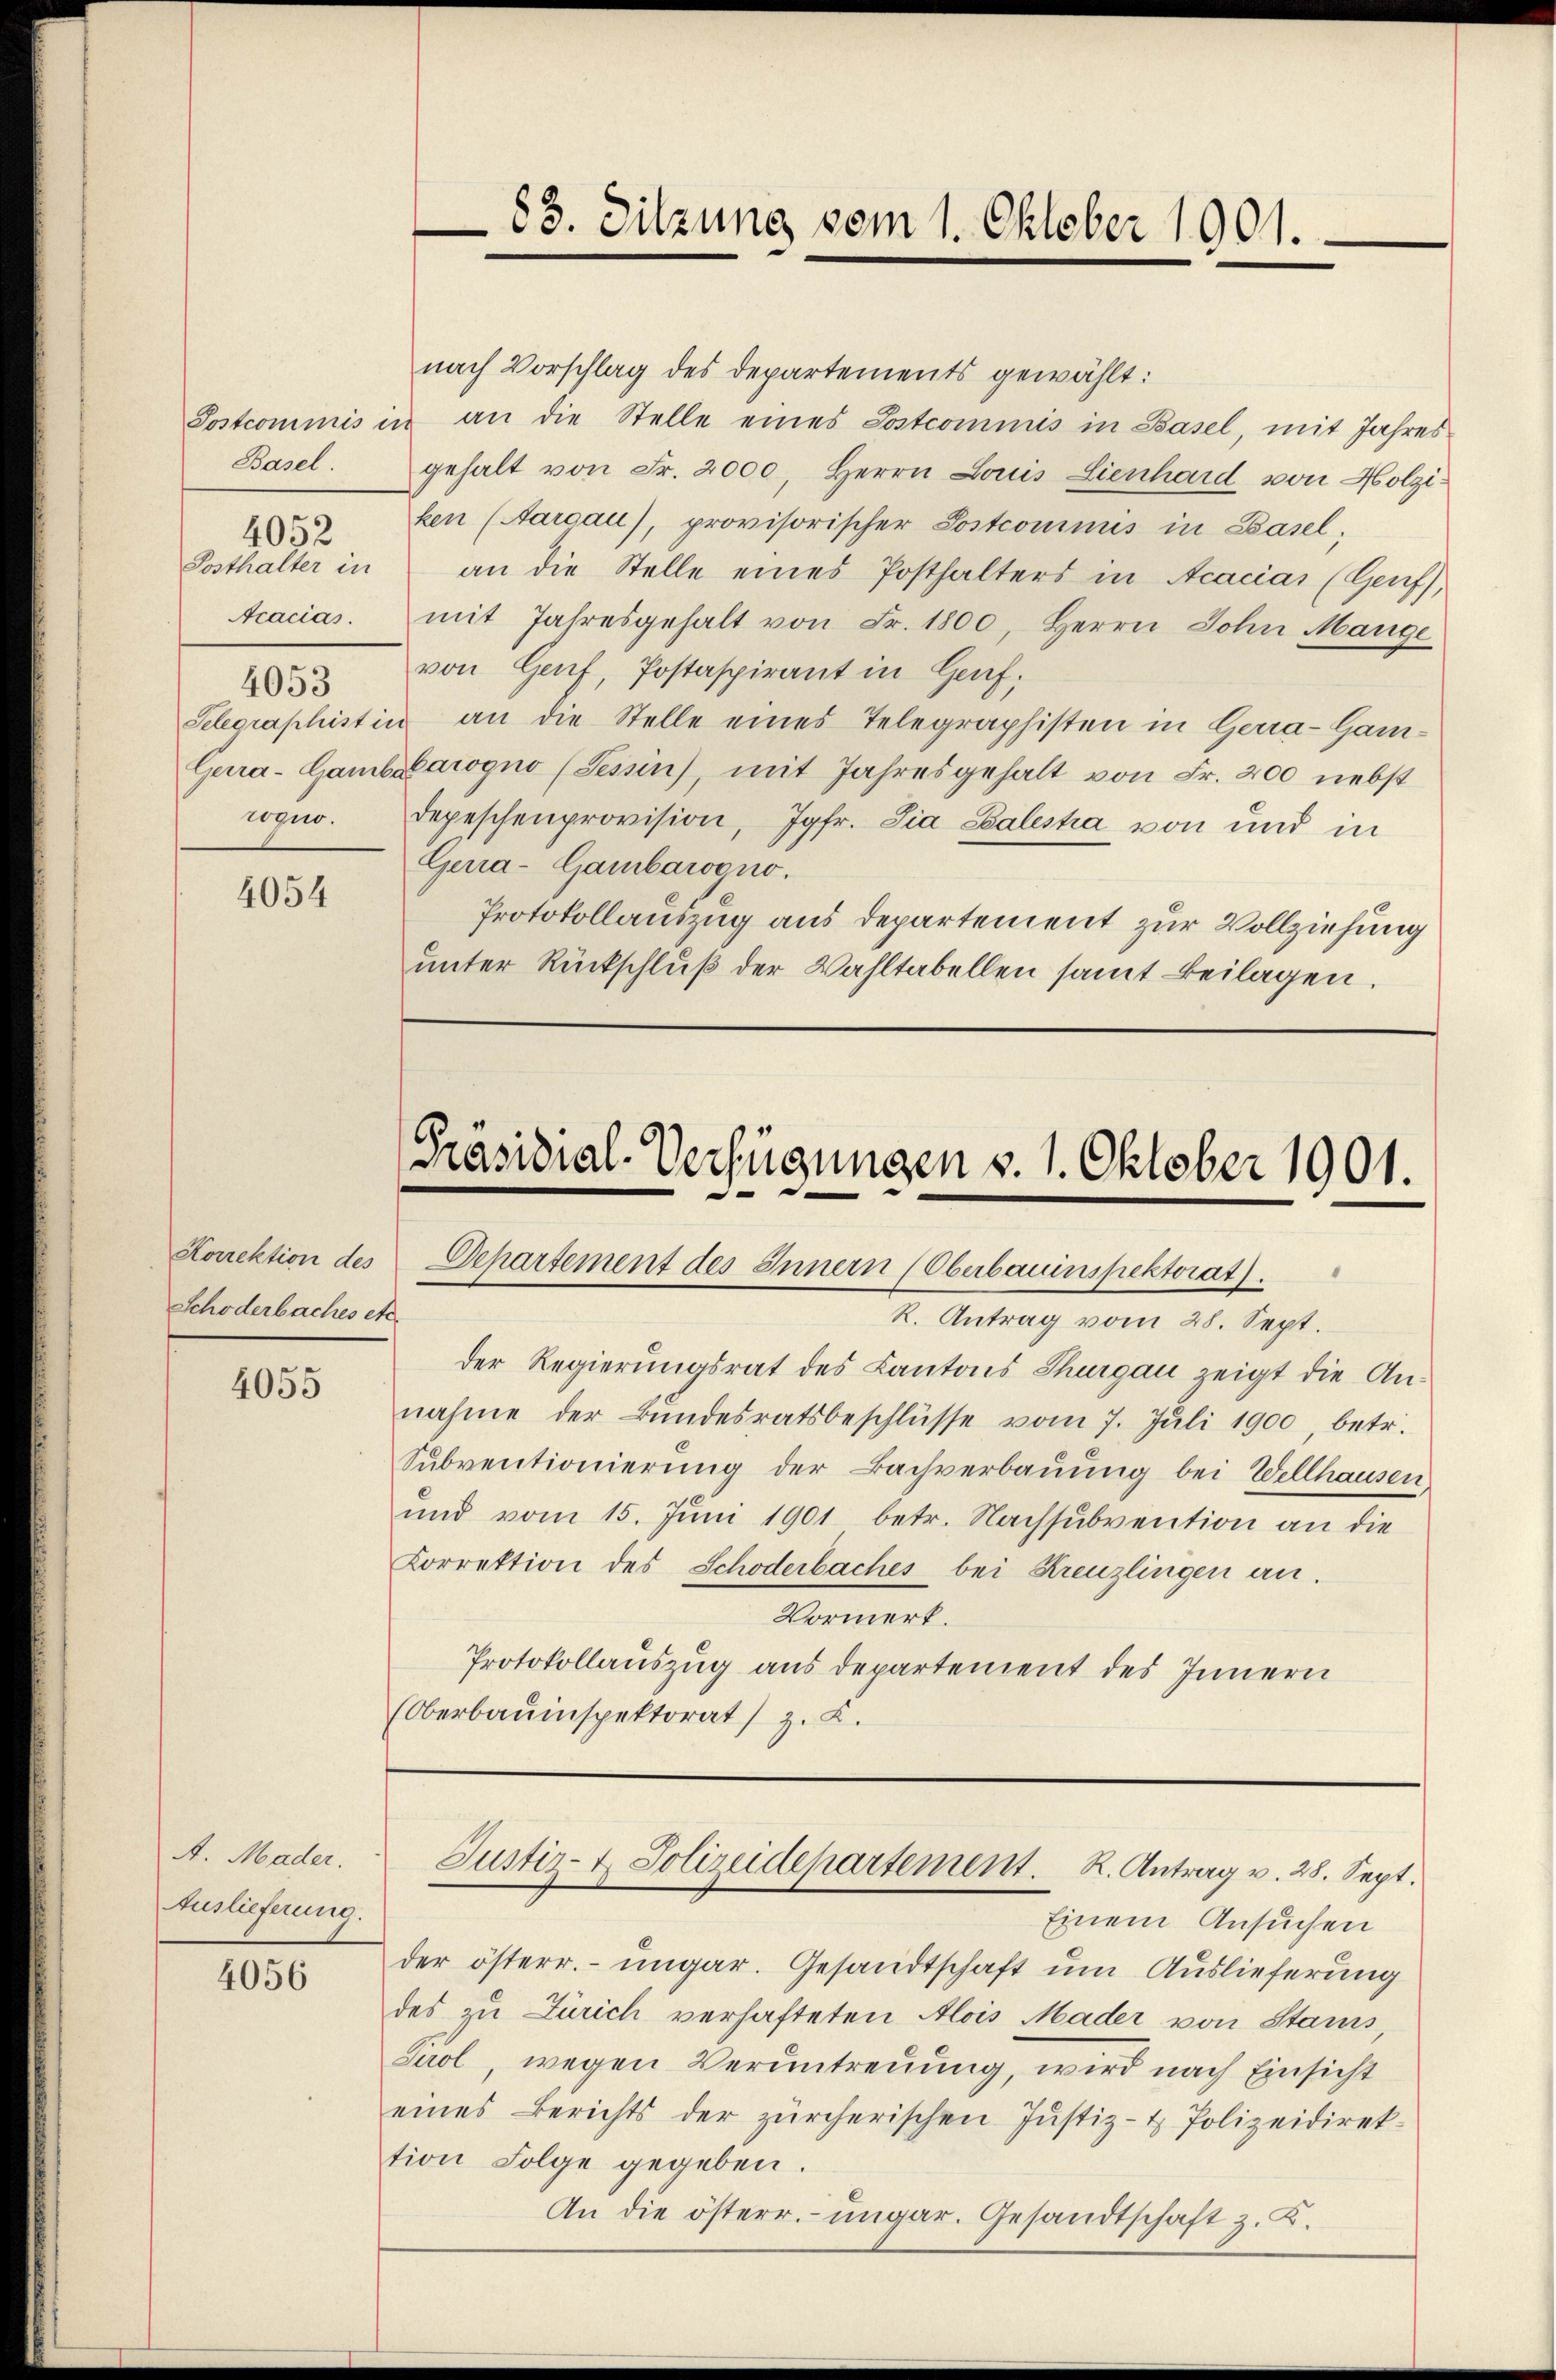
Basel.
Posthalter in
Acacias.
4053
rogno.

4052

4054

Korrektion des
Schöderbaches etc.

4055

A. Mader.
Auslieferung.

4056

nach Vorschlag des Departements gewählt:
Postcommis in an die Stelle eines Postcommis in Basel, mit Jahres
gehalt von Fr. 2000, Herrn Louis Lienhard von Holziken (Aargau), provisorischer Postcominus in Basel;
an die Stelle eines Posthalters in Acacias (Genf),
mit Jahresgehalt von Fr. 1800, Herrn Sohn Mange
von Genf, Postaspirant in Genf,
Selegraphistin an die Stelle eines Telegraphisten in Gerra-Gam¬
Gura-Gambiarogno (Tessin, mit Jahresgehalt von Fr. 200 nebst
depeschenprovision, Jgfr. Via Salistia von und in
Gerra-Gambarogno.
Protokollauszug aus Departement zur Vollziehung
unter Rückschluß der Wahltabellen samt Beilagen.

Präsidial-Verfügungen v. 1. Oktober 1901.
Departement des Innern (Oberbauinspektorat).
R. Antrag vom 28. Sept.

-83. Sitzung vom 1. Oktober 1901.

der Regierungsrat des Kantons Thurgau zeigt die An-
nahme der Bŭndesratsbeschlüsse vom 7. Jŭli 1900, betr.
Subventionierung der Bachverbauung bei Wellhausen,
und vom 15. Juni 1901 betr. Nachsubvention an die
Korrektion des Schöderbaches bei Kreuzlingen an.
Vormerk.
Protokollauszug aus departement des Innern
(Oberbauinspektorat) z. B.

Justiz- & Polizeidepartement. K. Antrag v. 28. Sept.

Einem Ansuchen
der österr. ungar. Gesandtschaft um Auslieferung
des zu Zürich verhafteten Alois Mader von Stanis,
Tirol, wegen Verantreuung, wird nach Einsicht
eines Berichts der zürcherischen Justiz- & Polizeidirektion Folge gegeben.
An die österr. ungar. Gesandtschaft z. K.